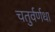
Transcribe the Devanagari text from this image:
चतुर्वर्णधा